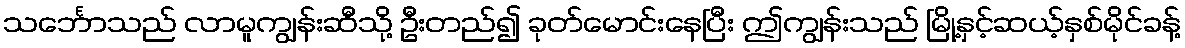
သင်္ဘောသည် လာမူကျွန်းဆီသို့ ဦးတည်၍ ခုတ်မောင်းနေပြီး ဤကျွန်းသည် မြို့နှင့်ဆယ့်နှစ်မိုင်ခန့်